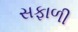
સફાળી